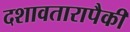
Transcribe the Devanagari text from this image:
दशावतारापैकी